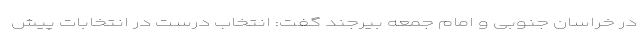
در خراسان جنوبی و امام جمعه بیرجند گفت: انتخاب درست در انتخابات پیش